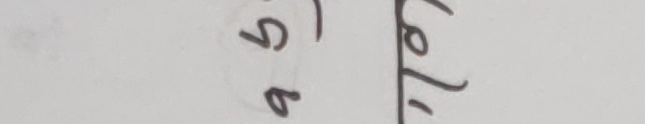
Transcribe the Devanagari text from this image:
स) ब बेला